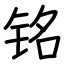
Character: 铭